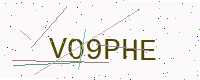
Text: VO9PHE